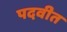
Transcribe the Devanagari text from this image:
पदवीत